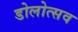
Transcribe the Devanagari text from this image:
डोलोत्सव